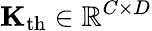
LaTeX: \mathbf{K}_{\mathrm{th}}\in\mathbb{R}^{C\times D}